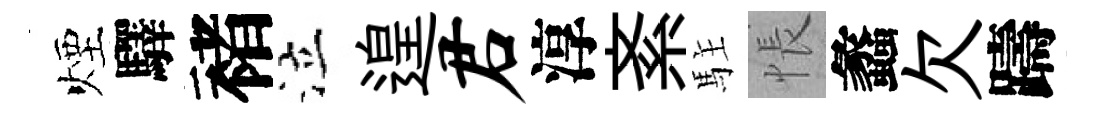
煙驛褚泣遑君淳紊駐悵蠡欠躊